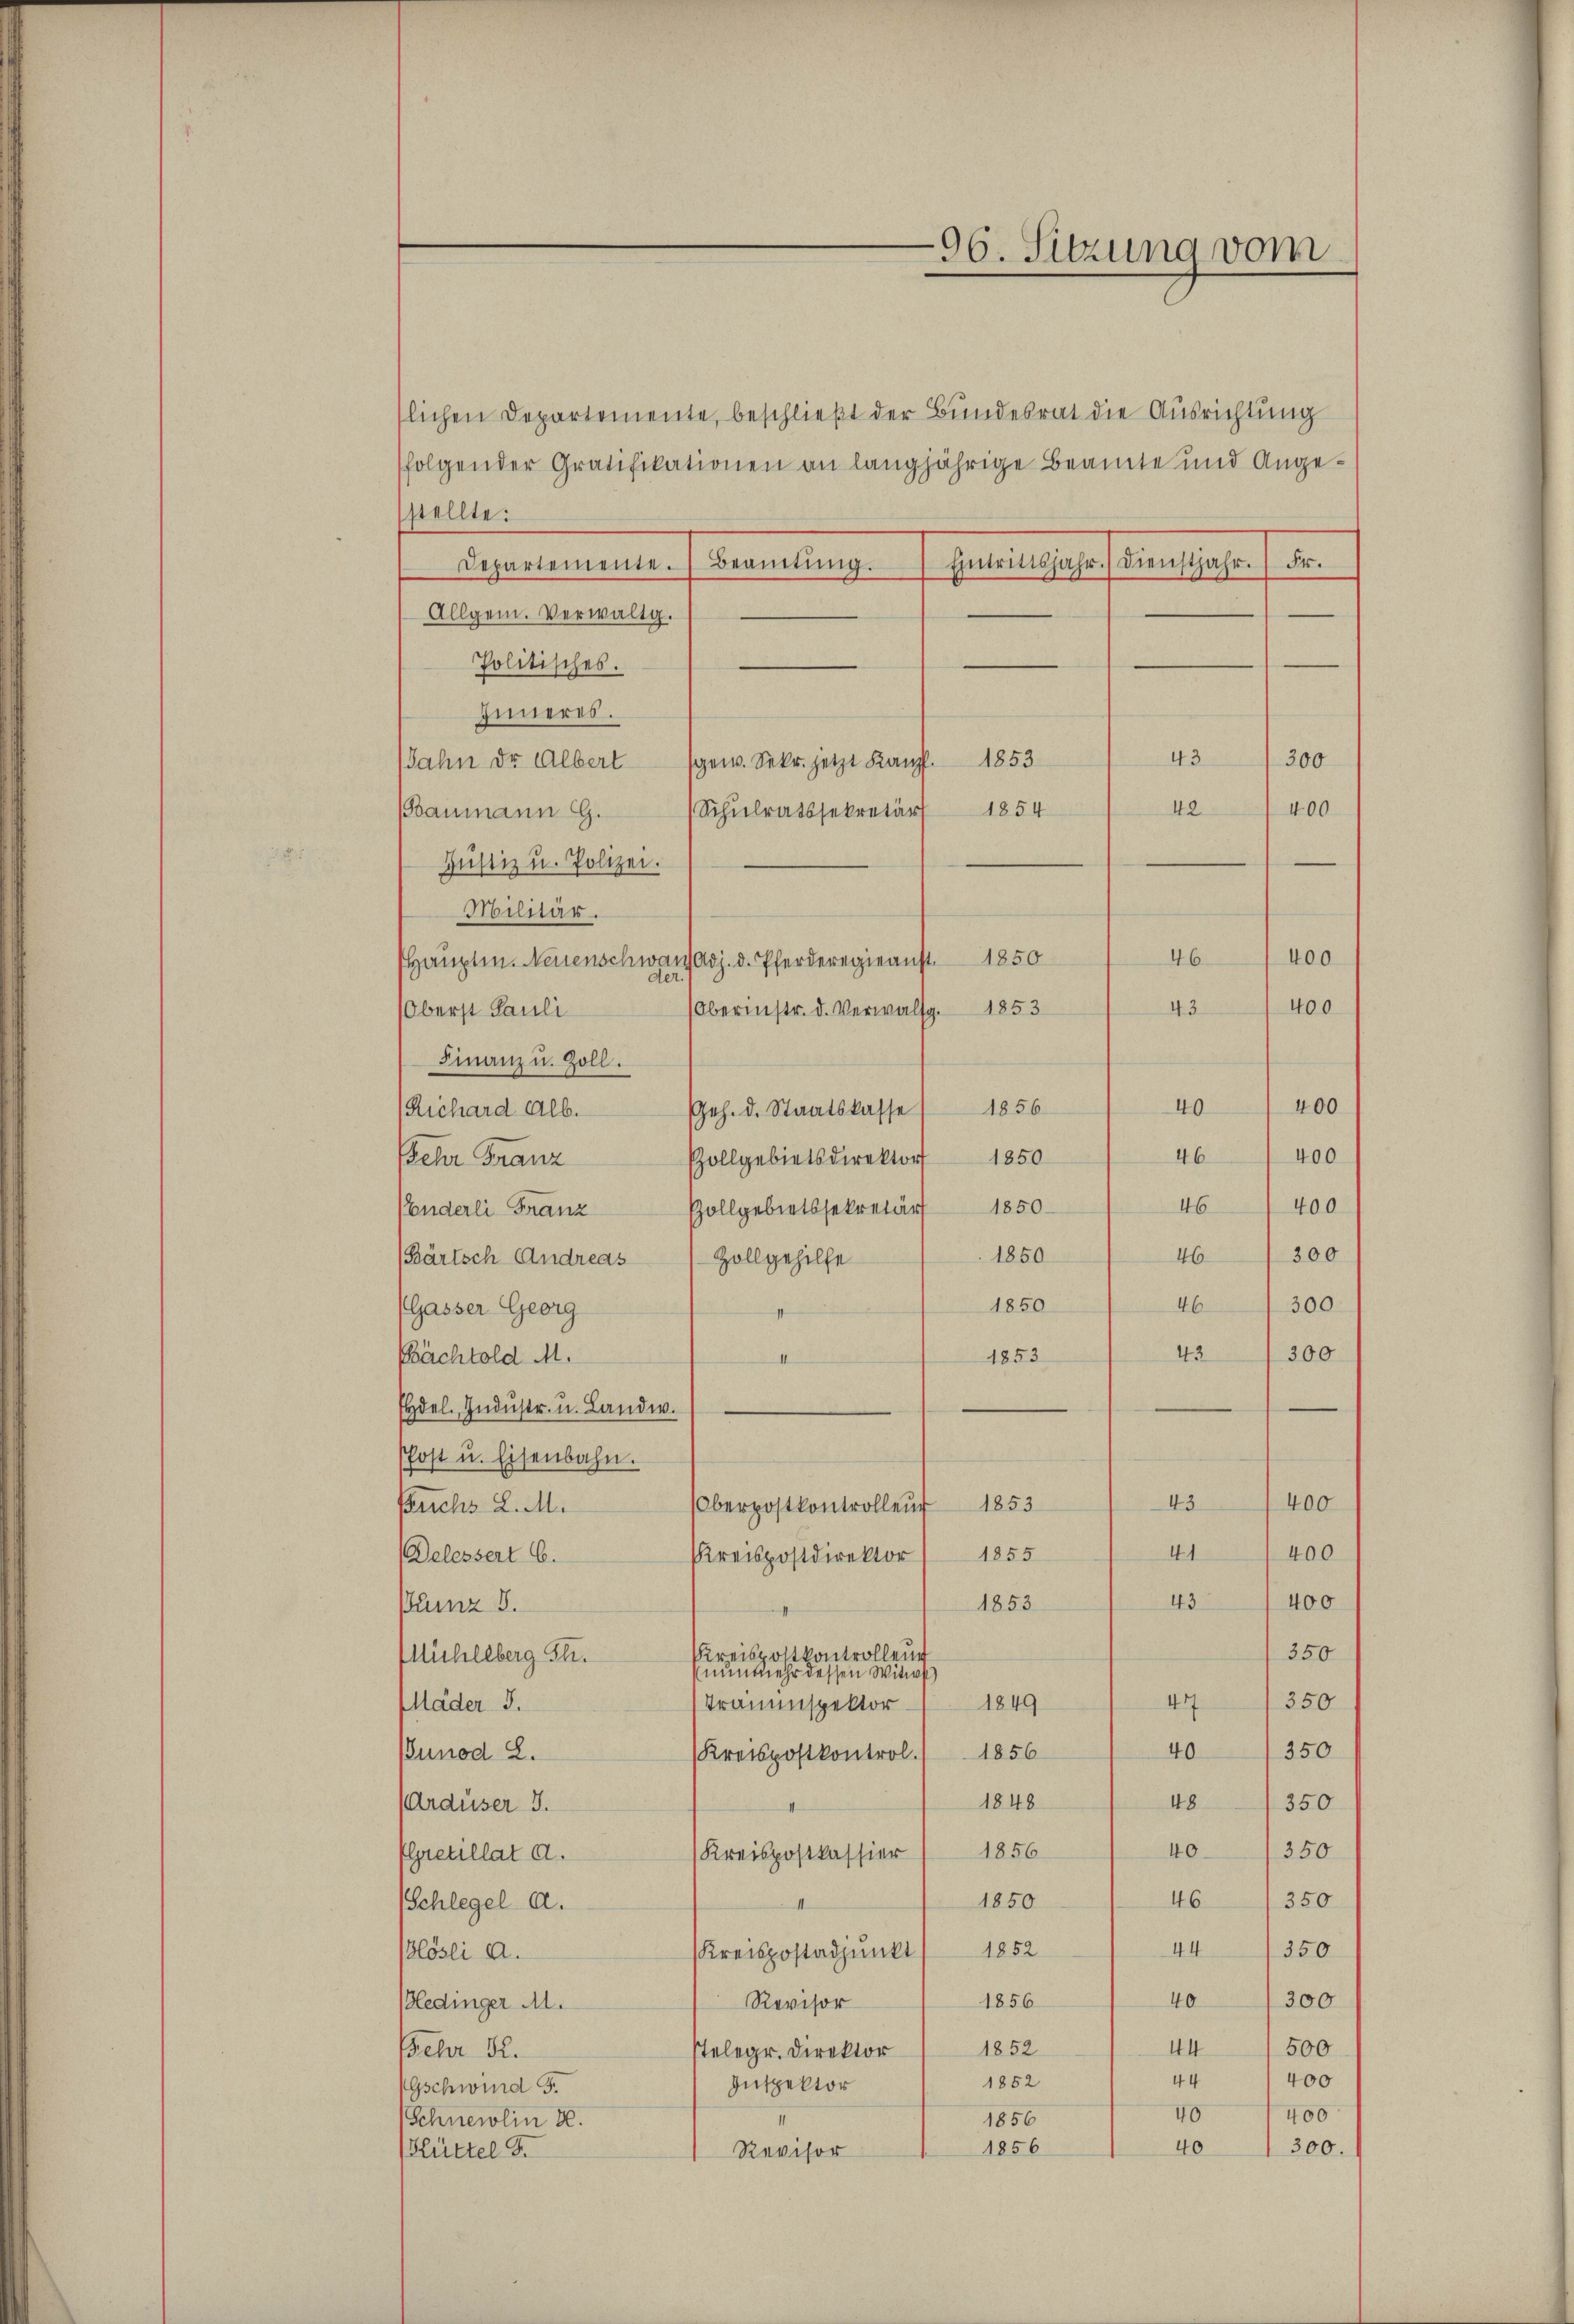
96. Sitzung vom

slichen Departemente, beschließt der Bundesrat die Ausrichtung
sfolgender Gratifikationen an langjährige Beamte und Angestellte:
Henrindjahr. Dienstjahr. Fr.
Superinnen. Freitung
Allgem. Verwaltg.
Politisches.
Inneres.
43
300
Jahn der Albert gew. Sekr. jetzt Kampf. 1853
42
1854
400
Schulratssekretär
BBaumann G.
Justiz u. Polizei.
Militär.
400
46
1850
Hauptm. Neuenschwarz Adj. d. Pferderegieanst
43400
(Oberinstr. d. Verwalsg. 1853
Oberst Pauli
Finanz u. Zoll.
400
40
Geh. d. Staatskasse 1856
Richard Alb.
400
46
1850
eher Franz
Pollgebietsdirektor
46400
(anderli Franz Gollgebietssekretär 1850
1850
300
46
(Bärtsch Andreas 1 Zollgehilfe
300
46
1850
PGasser Georg
43
300
Pächtold M.
1853
4
Eydel. Industr. u. Landw.
Post u. Eisenbahn.
400
1853
43
fruchs L. M.
Oberpostkontrollend
41
400
1855
Delessert 6.
Kreispostdirektor
43400
Pumz 8.
1853
350
Kreispostkontrollen
Mühleberg S.
(nunmehr dessen Witwe
350
1849
47
Mäder 3.
Trauenspektor
40350
1856
Bunod L.
(Kreispostkontrol.
1848
48350
Ardüser 3.
40
350
(Kreispostkassier 1856
Gretillat a.
350
46
1850
Schlegel a.
44/350
lösli a.
Kreispostadjunkt 1852
40
300
Revisor
Bedinger M.
1856
44 1500
1852
stelegr. Direktor
Fehr 22.
44
400
1852
Inspektor
Gschwind S.
400
40
Schneidlin 2.
1856
40
1856
300.
Hüttel S.
Revisor